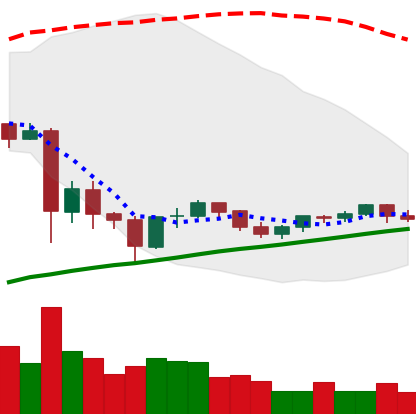
Ticker: TRX-USD
Chart end date: 2021-06-05
Forward return: -3.951%
Label: down_3_5